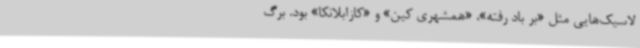
لاسیک‌هایی مثل «بر باد رفته»، «همشهری کین» و «کازابلانکا» بود. برگ